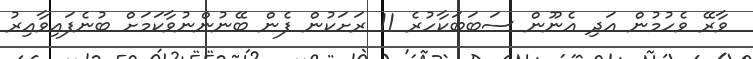
ވާރޭ ވެހުމުން އަދި އެނޫން ސަބަބަކާހުރެ 11 ރަށަކުން ފެން ބޭނުންނުވާކަމަށް ބުނެފައިވާއިރު